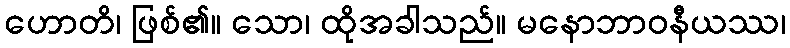
ဟောတိ၊ ဖြစ်၏။ သော၊ ထိုအခါသည်။ မနောဘာဝနီယဿ၊